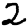
Digit: 2